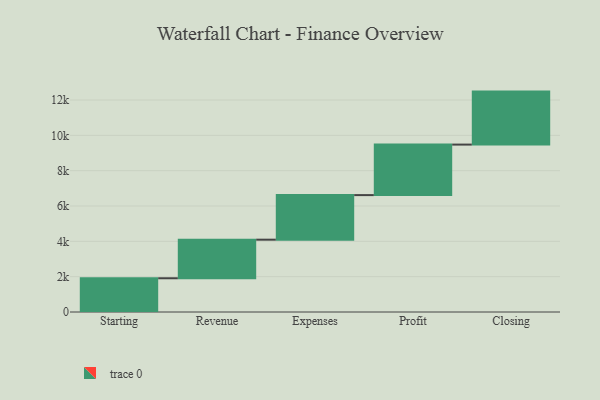
{"axis": {"x": "Step", "y": "Value"}, "legend": [""], "data": [{"x": "Starting", "y": 1910.0, "type": ""}, {"x": "Revenue", "y": 2184.0, "type": ""}, {"x": "Expenses", "y": 2524.0, "type": ""}, {"x": "Profit", "y": 2859.0, "type": ""}, {"x": "Closing", "y": 3000, "type": ""}]}